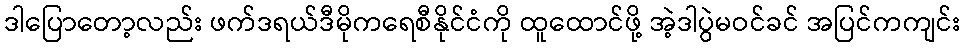
ဒါပြောတော့လည်း ဖက်ဒရယ်ဒီမိုကရေစီနိုင်ငံကို ထူထောင်ဖို့ အဲ့ဒါပွဲမဝင်ခင် အပြင်ကကျင်း